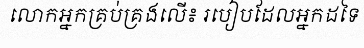
លោកអ្នកគ្រប់គ្រងលើ៖ របៀបដែលអ្នកដទៃ